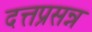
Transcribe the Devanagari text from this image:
दत्तप्रसन्न